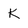
Character: K